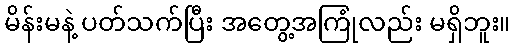
မိန်းမနဲ့ ပတ်သက်ပြီး အတွေ့အကြုံလည်း မရှိဘူး။